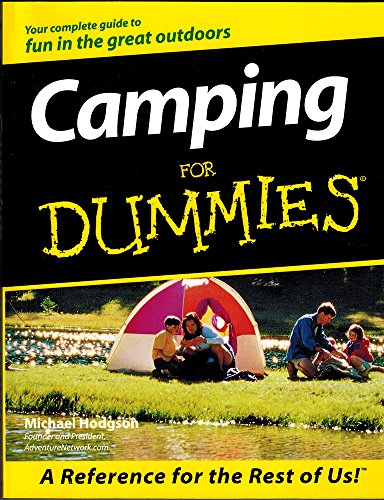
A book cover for Camping For Dummies; Michael Hodgson; Sports & Outdoors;